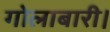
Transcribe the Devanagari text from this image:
गोलाबारी।